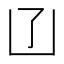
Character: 𠙶